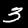
Label: 3